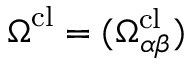
\boldsymbol { \Omega } ^ { \mathrm { c l } } = ( \Omega _ { \alpha \beta } ^ { \mathrm { c l } } )